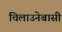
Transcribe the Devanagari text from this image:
चिलाउनेबासी